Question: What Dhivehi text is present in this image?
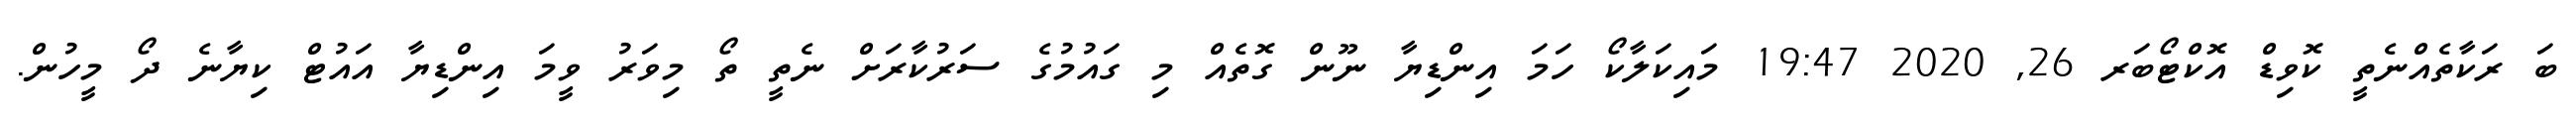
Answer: ބަ ރަކާތެއްނެތީ ކޮވިޑް އޮކްޓޯބަރ 26, 2020 19:47 މައިކަލާކޯ ހަމަ އިންޑިޔާ ނޫން ގޮތެއް މި ގައުމުގެ ސަރުކާރަށް ނެތީ ތޯ މިވަރު ވީމަ އިންޑިޔާ އައުޓް ކިޔާނެ ދޯ މީހުން.